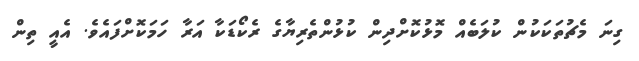
ގިނަ މެޗުތަކަކުން ކުލަބެއް މޮޅުކޮށްދިން ކުޅުންތެރިޔާގެ ރެކޯޑަކާ އަރާ ހަމަކޮށްފައެވެ. އެއީ ތިން